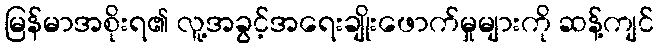
မြန်မာအစိုးရ၏ လူ့အခွင့်အရေးချိုးဖောက်မှုများကို ဆန့်ကျင်